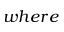
w h e r e